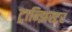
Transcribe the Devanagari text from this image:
ट्रान्झिस्टर